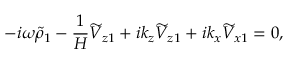
- i \omega \widetilde { \rho } _ { 1 } - \frac { 1 } { H } \widetilde { V } _ { z 1 } + i k _ { z } \widetilde { V } _ { z 1 } + i k _ { x } \widetilde { V } _ { x 1 } = 0 ,